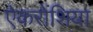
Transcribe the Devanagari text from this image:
ऐकरोंशिया